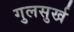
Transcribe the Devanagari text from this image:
गुलसुर्ख